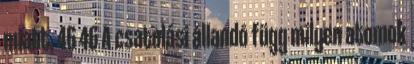
miatt. 46 46 A csatolási állandó függ milyen atomok